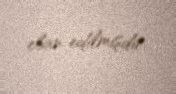
elan edilmişdir.